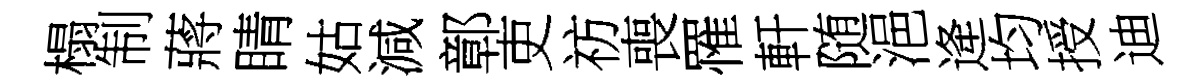
榻制蔣睛姑減鄣吏祊喪罹軒随浥逄均授迪